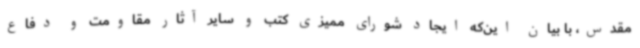
مقدس، با بیان این‌که ایجاد شورای ممیزی کتب و سایر آثار مقاومت و دفاع